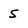
Character: 5